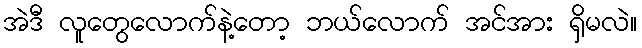
အဲဒီ လူတွေလောက်နဲ့တော့ ဘယ်လောက် အင်အား ရှိမလဲ။